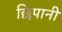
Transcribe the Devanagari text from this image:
छिपानी